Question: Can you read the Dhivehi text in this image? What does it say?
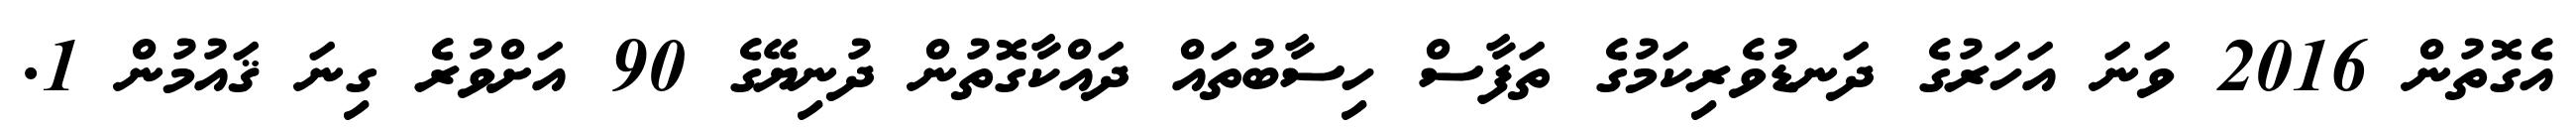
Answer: އެގޮތުން 2016 ވަނަ އަހަރުގެ ދަނޑުވެރިކަމުގެ ތަފާސް ހިސާބުތައް ދައްކާގޮތުން ދުނިޔޭގެ 90 އަށްވުރެ ގިނަ ޤައުމުން 1.